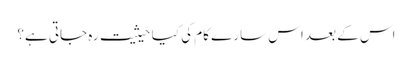
اس کے بعد اس سارے کام کی کیا حیثیت رہ جاتی ہے؟